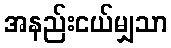
အနည်းငယ်မျှသာ